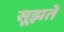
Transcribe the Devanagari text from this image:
सूझते